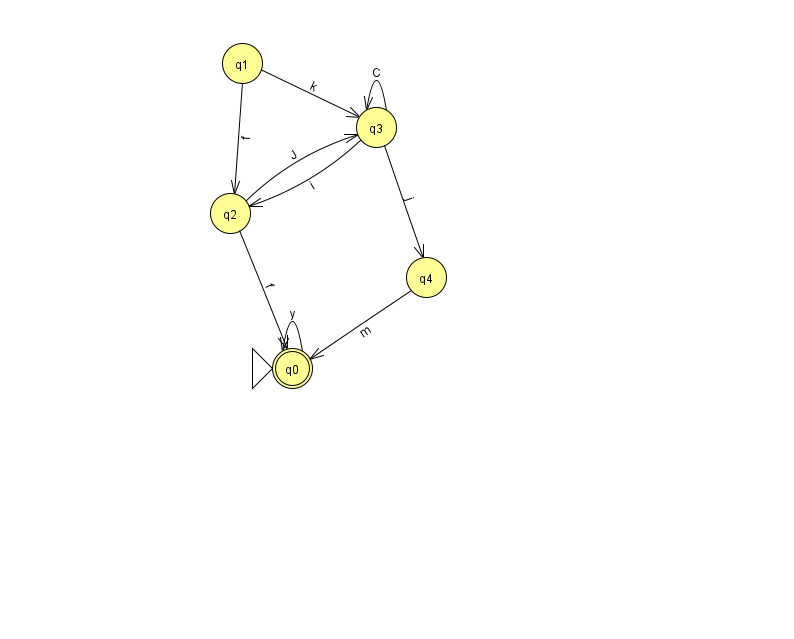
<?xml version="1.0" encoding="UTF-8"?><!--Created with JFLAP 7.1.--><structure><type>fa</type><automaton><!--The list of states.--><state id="0" name="q0"><x>292.0</x><y>355.0</y><initial/><final/></state><state id="1" name="q1"><x>242.0</x><y>50.0</y></state><state id="2" name="q2"><x>230.0</x><y>200.0</y></state><state id="3" name="q3"><x>376.0</x><y>114.0</y></state><state id="4" name="q4"><x>426.0</x><y>264.0</y></state><!--The list of transitions.--><transition><from>3</from><to>4</to><read>j</read></transition><transition><from>4</from><to>0</to><read>m</read></transition><transition><from>3</from><to>3</to><read>C</read></transition><transition><from>2</from><to>0</to><read>f</read></transition><transition><from>1</from><to>3</to><read>k</read></transition><transition><from>0</from><to>0</to><read>y</read></transition><transition><from>1</from><to>2</to><read>f</read></transition><transition><from>2</from><to>3</to><read>J</read></transition><transition><from>3</from><to>2</to><read>i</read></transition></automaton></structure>